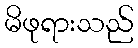
မိဖုရားသည်